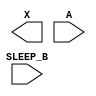
module sky130_fd_sc_hvl__lsbuflv2hv_isosrchvaon (
    X      ,
    A      ,
    SLEEP_B
);

    output X      ;
    input  A      ;
    input  SLEEP_B;

    // Voltage supply signals
    supply1 VPWR ;
    supply0 VGND ;
    supply1 LVPWR;
    supply1 VPB  ;
    supply0 VNB  ;

endmodule